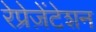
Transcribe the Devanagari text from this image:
रेप्रेज़ेंटेशन